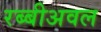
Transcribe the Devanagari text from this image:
रब्बीअवल